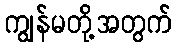
ကျွန်မတို့အတွက်